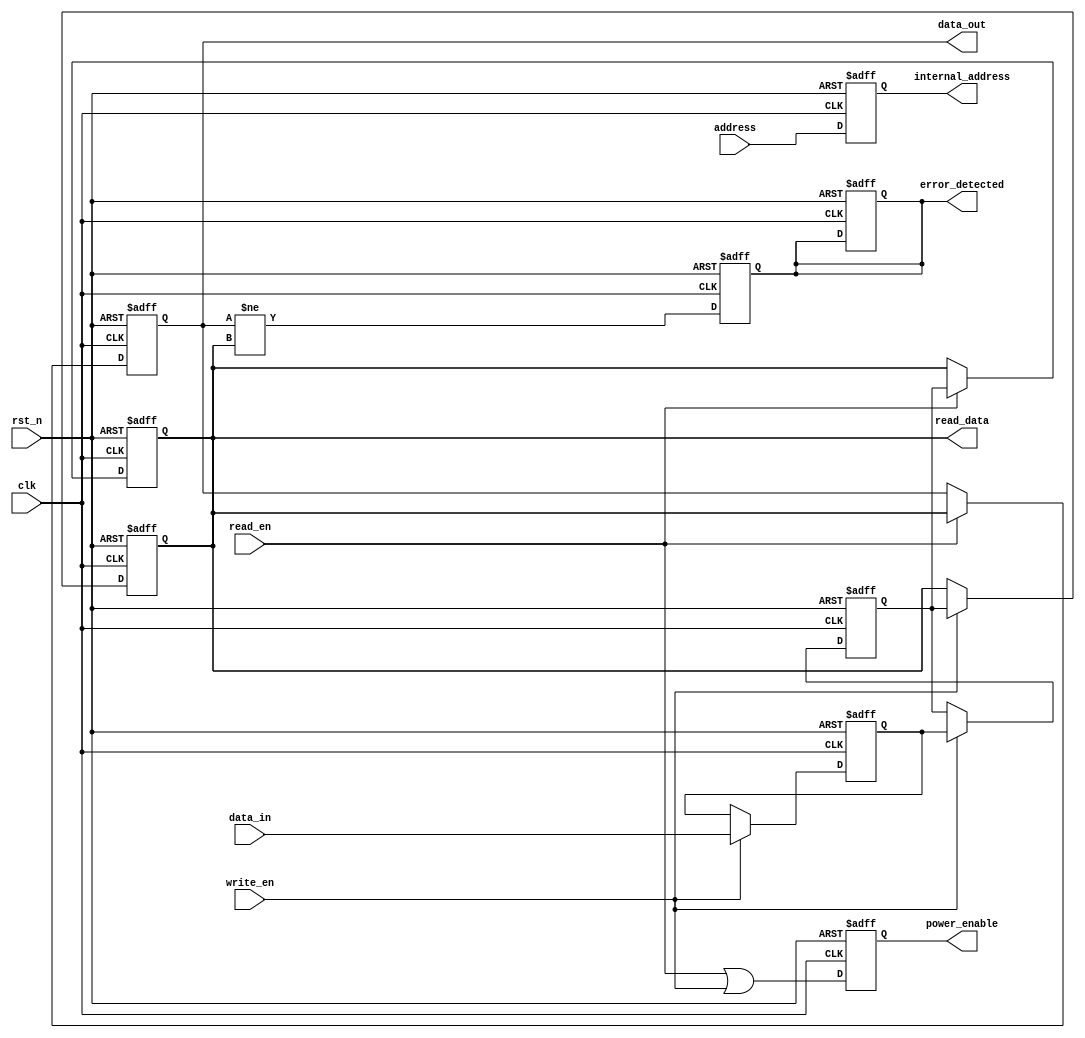
module pcm_io_block (
    input wire clk,
    input wire rst_n,
    input wire [7:0] data_in,
    output reg [7:0] data_out,
    input wire read_en,
    input wire write_en,
    input wire [15:0] address,
    output reg [15:0] internal_address,
    output reg power_enable,
    output reg [7:0] read_data,
    output reg error_detected
);

// Data Input Buffer
reg [7:0] input_buffer;
always @(posedge clk or negedge rst_n) begin
    if (!rst_n)
        input_buffer <= 8'b0;
    else if (write_en)
        input_buffer <= data_in; // Capture incoming data
end

// Data Output Buffer
always @(posedge clk or negedge rst_n) begin
    if (!rst_n)
        data_out <= 8'b0;
    else if (read_en)
        data_out <= read_data; // Drive data to external circuits
end

// Control Logic
always @(posedge clk or negedge rst_n) begin
    if (!rst_n) begin
        internal_address <= 16'b0;
        power_enable <= 1'b0;
        error_detected <= 1'b0;
    end else begin
        internal_address <= address; // Address decoding
        power_enable <= (read_en || write_en); // Power management
    end
end

// Data Latch
reg [7:0] data_latch;
always @(posedge clk or negedge rst_n) begin
    if (!rst_n)
        data_latch <= 8'b0;
    else if (write_en)
        data_latch <= input_buffer; // Latch data during write
end

// Write Driver (simplified)
always @(posedge clk or negedge rst_n) begin
    if (!rst_n)
        read_data <= 8'b0; // Reset read data
    else if (write_en) begin
        // Here you would implement the actual write logic
        // For example, generating programming pulses for PCM cells
        // This is a simplified placeholder
        read_data <= data_latch; // Simulate write operation
    end
end

// Read Amplifier (simplified)
always @(posedge clk or negedge rst_n) begin
    if (!rst_n)
        read_data <= 8'b0; // Reset read data
    else if (read_en) begin
        // Simulate reading data from PCM cells
        // In a real implementation, you would check the resistance state
        read_data <= data_latch; // Simulate read operation
    end
end

// Error Detection (simplified)
always @(posedge clk or negedge rst_n) begin
    if (!rst_n)
        error_detected <= 1'b0;
    else begin
        // Here you would implement actual error detection logic
        // This is a placeholder example
        error_detected <= (data_out != read_data); // Simple error check
    end
end

endmodule